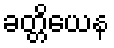
ခတ္တိယေန